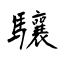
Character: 驤